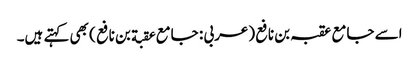
اسے جامع عقبہ بن نافع (عربی : جامع عقبة بن نافع ) بھی کہتے ہیں۔